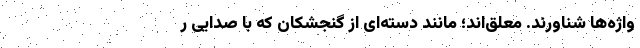
واژه‌ها شناورند. معلق‌اند؛ مانند دسته‌ای از گنجشکان که با صدایی ر